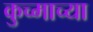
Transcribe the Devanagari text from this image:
कुच्माच्या